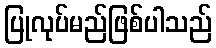
ပြုလုပ်မည်ဖြစ်ပါသည်